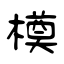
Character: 橂